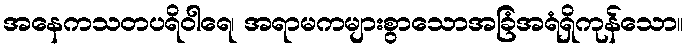
အနေကသတပရိဝါရေ၊ အရာမကများစွာသောအခြံအရံရှိကုန်သော။